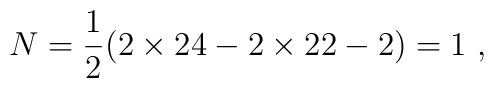
N=\frac{1}{2}(2\times 24-2\times 22-2)=1\ ,